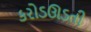
કરોડઊડતી